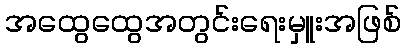
အထွေထွေအတွင်းရေးမှူးအဖြစ်